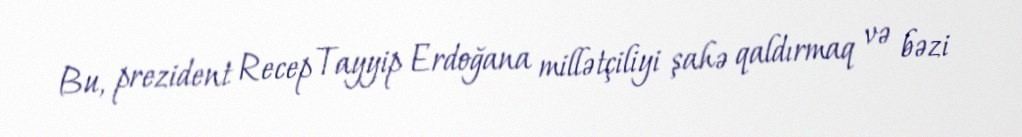
Bu, prezident Recep Tayyip Erdoğana millətçiliyi şahə qaldırmaq və bəzi